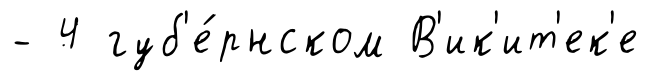
- 4 губ'е́рнском В'ик'ит'ек'е